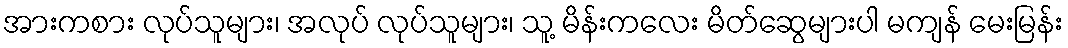
အားကစား လုပ်သူများ၊ အလုပ် လုပ်သူများ၊ သူ့ မိန်းကလေး မိတ်ဆွေများပါ မကျန် မေးမြန်း